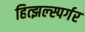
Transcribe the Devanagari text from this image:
हित्झल्स्पर्गर